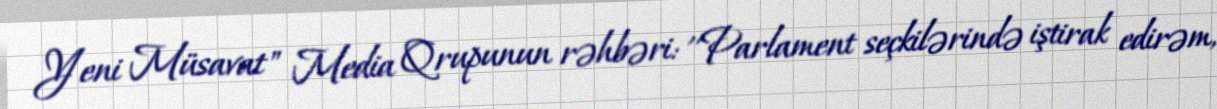
Yeni Müsavat" Media Qrupunun rəhbəri: ''Parlament seçkilərində iştirak edirəm,